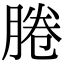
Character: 腃